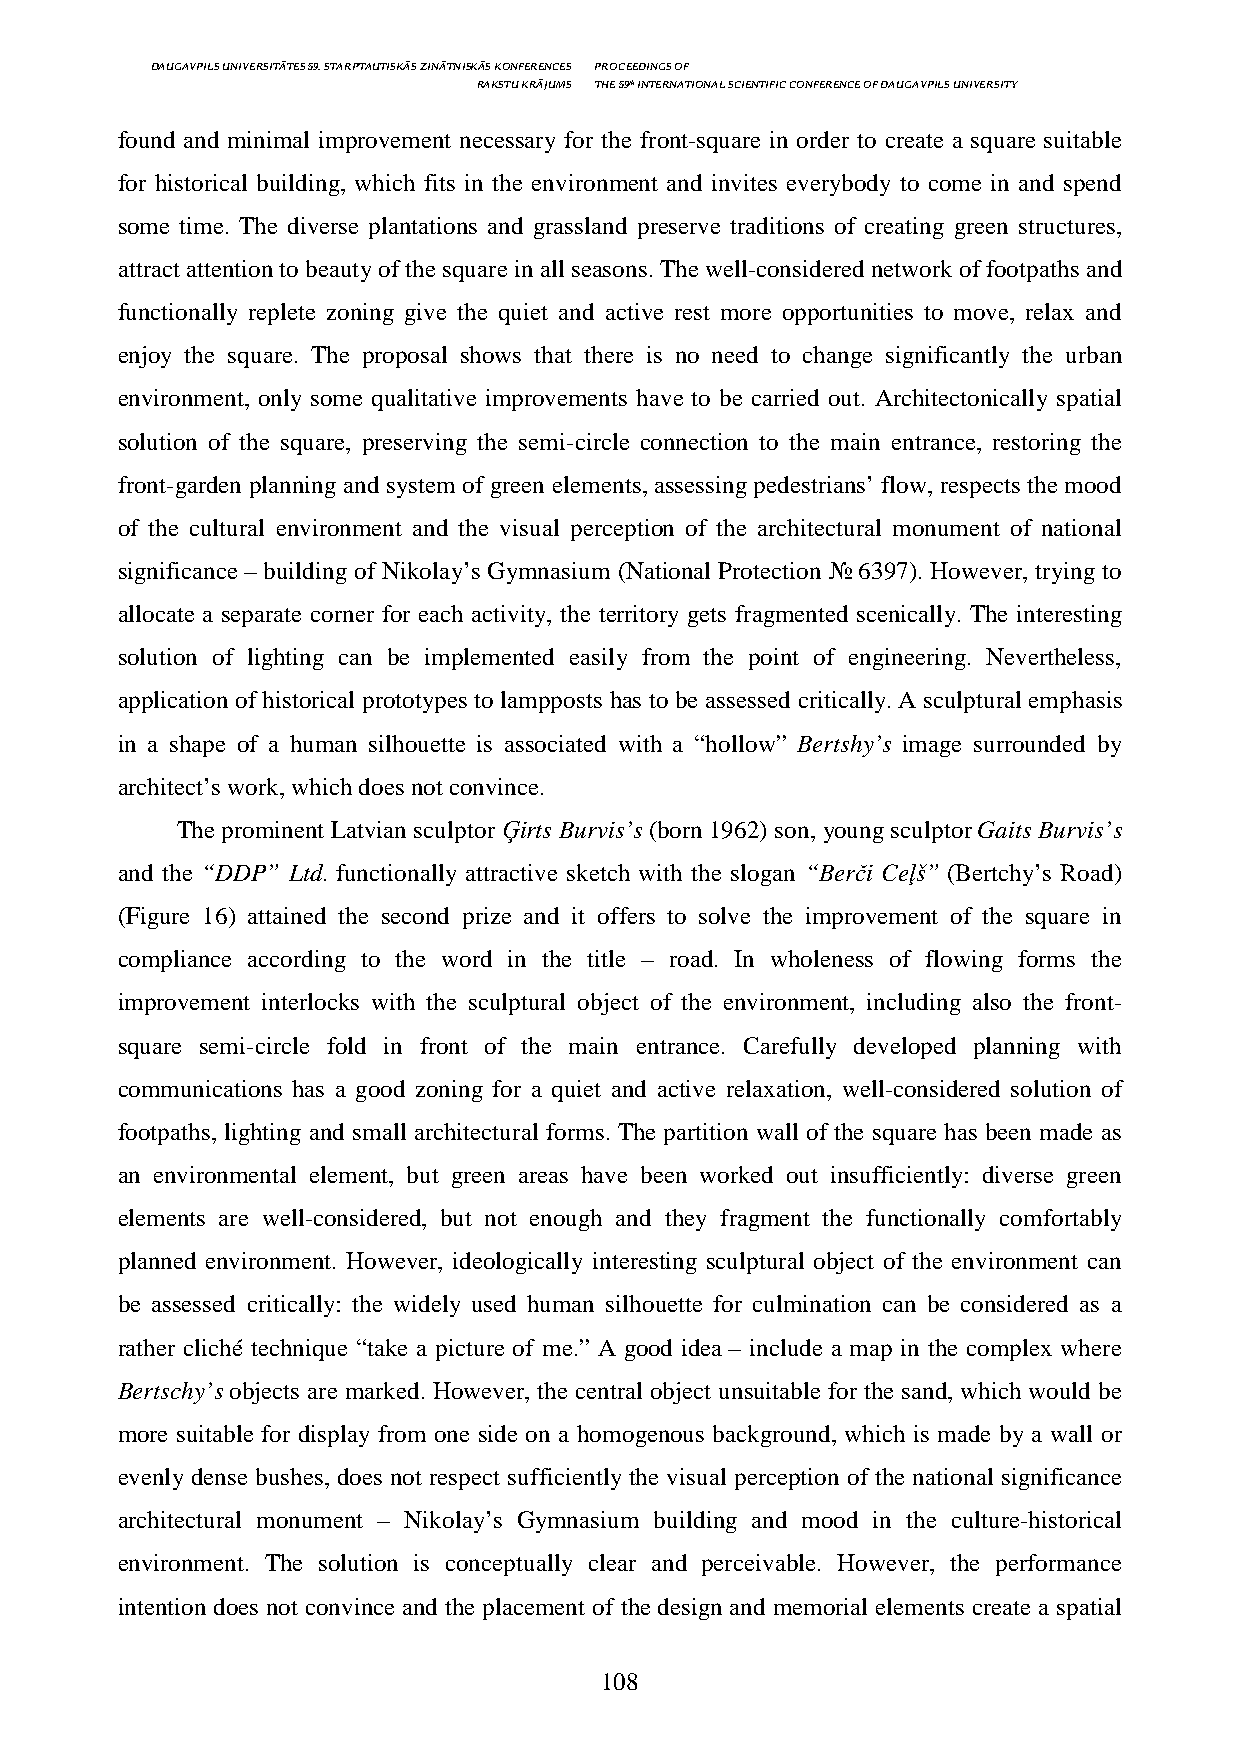
DAUGAVPILS UNIVERSITĀTES 59. STARPTAUTISKĀS ZINĀTNISKĀS KONFERENCES PROCEEDINGS OF
 RAKSTU KRĀJUMS THE 59th INTERNATIONAL SCIENTIFIC CONFERENCE OF DAUGAVPILS UNIVERSITY
 found and minimal improvement necessary for the front-square in order to create a square suitable
 for historical building, which fits in the environment and invites everybody to come in and spend
 some time. The diverse plantations and grassland preserve traditions of creating green structures,
 attract attention to beauty of the square in all seasons. The well-considered network of footpaths and
 functionally replete zoning give the quiet and active rest more opportunities to move, relax and
 enjoy the square. The proposal shows that there is no need to change significantly the urban
 environment, only some qualitative improvements have to be carried out. Architectonically spatial
 solution of the square, preserving the semi-circle connection to the main entrance, restoring the
 front-garden planning and system of green elements, assessing pedestrians’ flow, respects the mood
 of the cultural environment and the visual perception of the architectural monument of national
 significance – building of Nikolay’s Gymnasium (National Protection № 6397). However, trying to
 allocate a separate corner for each activity, the territory gets fragmented scenically. The interesting
 solution of lighting can be implemented easily from the point of engineering. Nevertheless,
 application of historical prototypes to lampposts has to be assessed critically. A sculptural emphasis
 in a shape of a human silhouette is associated with a “hollow” Bertshy’s image surrounded by
 architect’s work, which does not convince.
 The prominent Latvian sculptor Ģirts Burvis’s (born 1962) son, young sculptor Gaits Burvis’s
 and the “DDP” Ltd. functionally attractive sketch with the slogan “Berči Ceļš” (Bertchy’s Road)
 (Figure 16) attained the second prize and it offers to solve the improvement of the square in
 compliance according to the word in the title – road. In wholeness of flowing forms the
 improvement interlocks with the sculptural object of the environment, including also the front-
 square semi-circle fold in front of the main entrance. Carefully developed planning with
 communications has a good zoning for a quiet and active relaxation, well-considered solution of
 footpaths, lighting and small architectural forms. The partition wall of the square has been made as
 an environmental element, but green areas have been worked out insufficiently: diverse green
 elements are well-considered, but not enough and they fragment the functionally comfortably
 planned environment. However, ideologically interesting sculptural object of the environment can
 be assessed critically: the widely used human silhouette for culmination can be considered as a
 rather cliché technique “take a picture of me.” A good idea – include a map in the complex where
 Bertschy’s objects are marked. However, the central object unsuitable for the sand, which would be
 more suitable for display from one side on a homogenous background, which is made by a wall or
 evenly dense bushes, does not respect sufficiently the visual perception of the national significance
 architectural monument – Nikolay’s Gymnasium building and mood in the culture-historical
 environment. The solution is conceptually clear and perceivable. However, the performance
 intention does not convince and the placement of the design and memorial elements create a spatial
 108